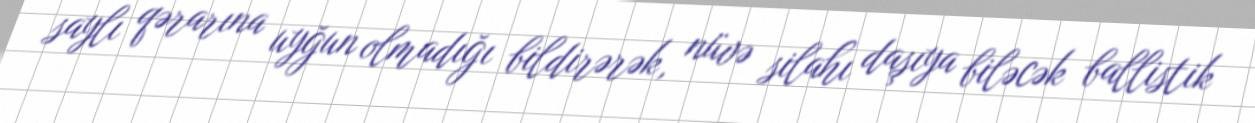
saylı qərarına uyğun olmadığı bildirərək, nüvə silahı daşıya biləcək ballistik